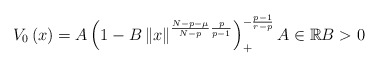
\begin{align*}V_{0}\left( x\right) =A\left( 1-B\left\Vert x\right\Vert ^{\frac{N-p-\mu}{N-p}\frac{p}{p-1}}\right) _{+}^{-\frac{p-1}{r-p}}A\in\mathbb{R}B>0\end{align*}